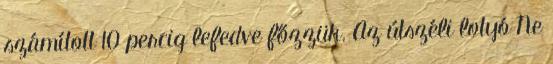
számított 10 percig lefedve főzzük. Az útszéli lotyó Ne